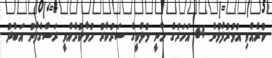
ކުރެއްވި އުމުރުފުޅުން 64 އަހަރުގެ ހާނީ މުލްކީގެ ސަރުކާރު ހުވާކުރެއްވީ ރަސްގެފާނު އަބްދު